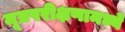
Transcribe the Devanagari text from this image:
मूत्रपरीक्षणामध्ये